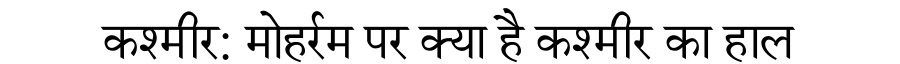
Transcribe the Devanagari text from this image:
कश्मीर: मोहर्रम पर क्या है कश्मीर का हाल